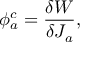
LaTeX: \phi _ { a } ^ { c } = \frac { \delta W } { \delta J _ { a } } ,